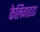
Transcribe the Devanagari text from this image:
केलिगाइडा